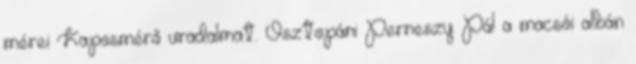
mérei Kaposmérő uradalmat. Osztopáni Perneszy Pál a macsói albán